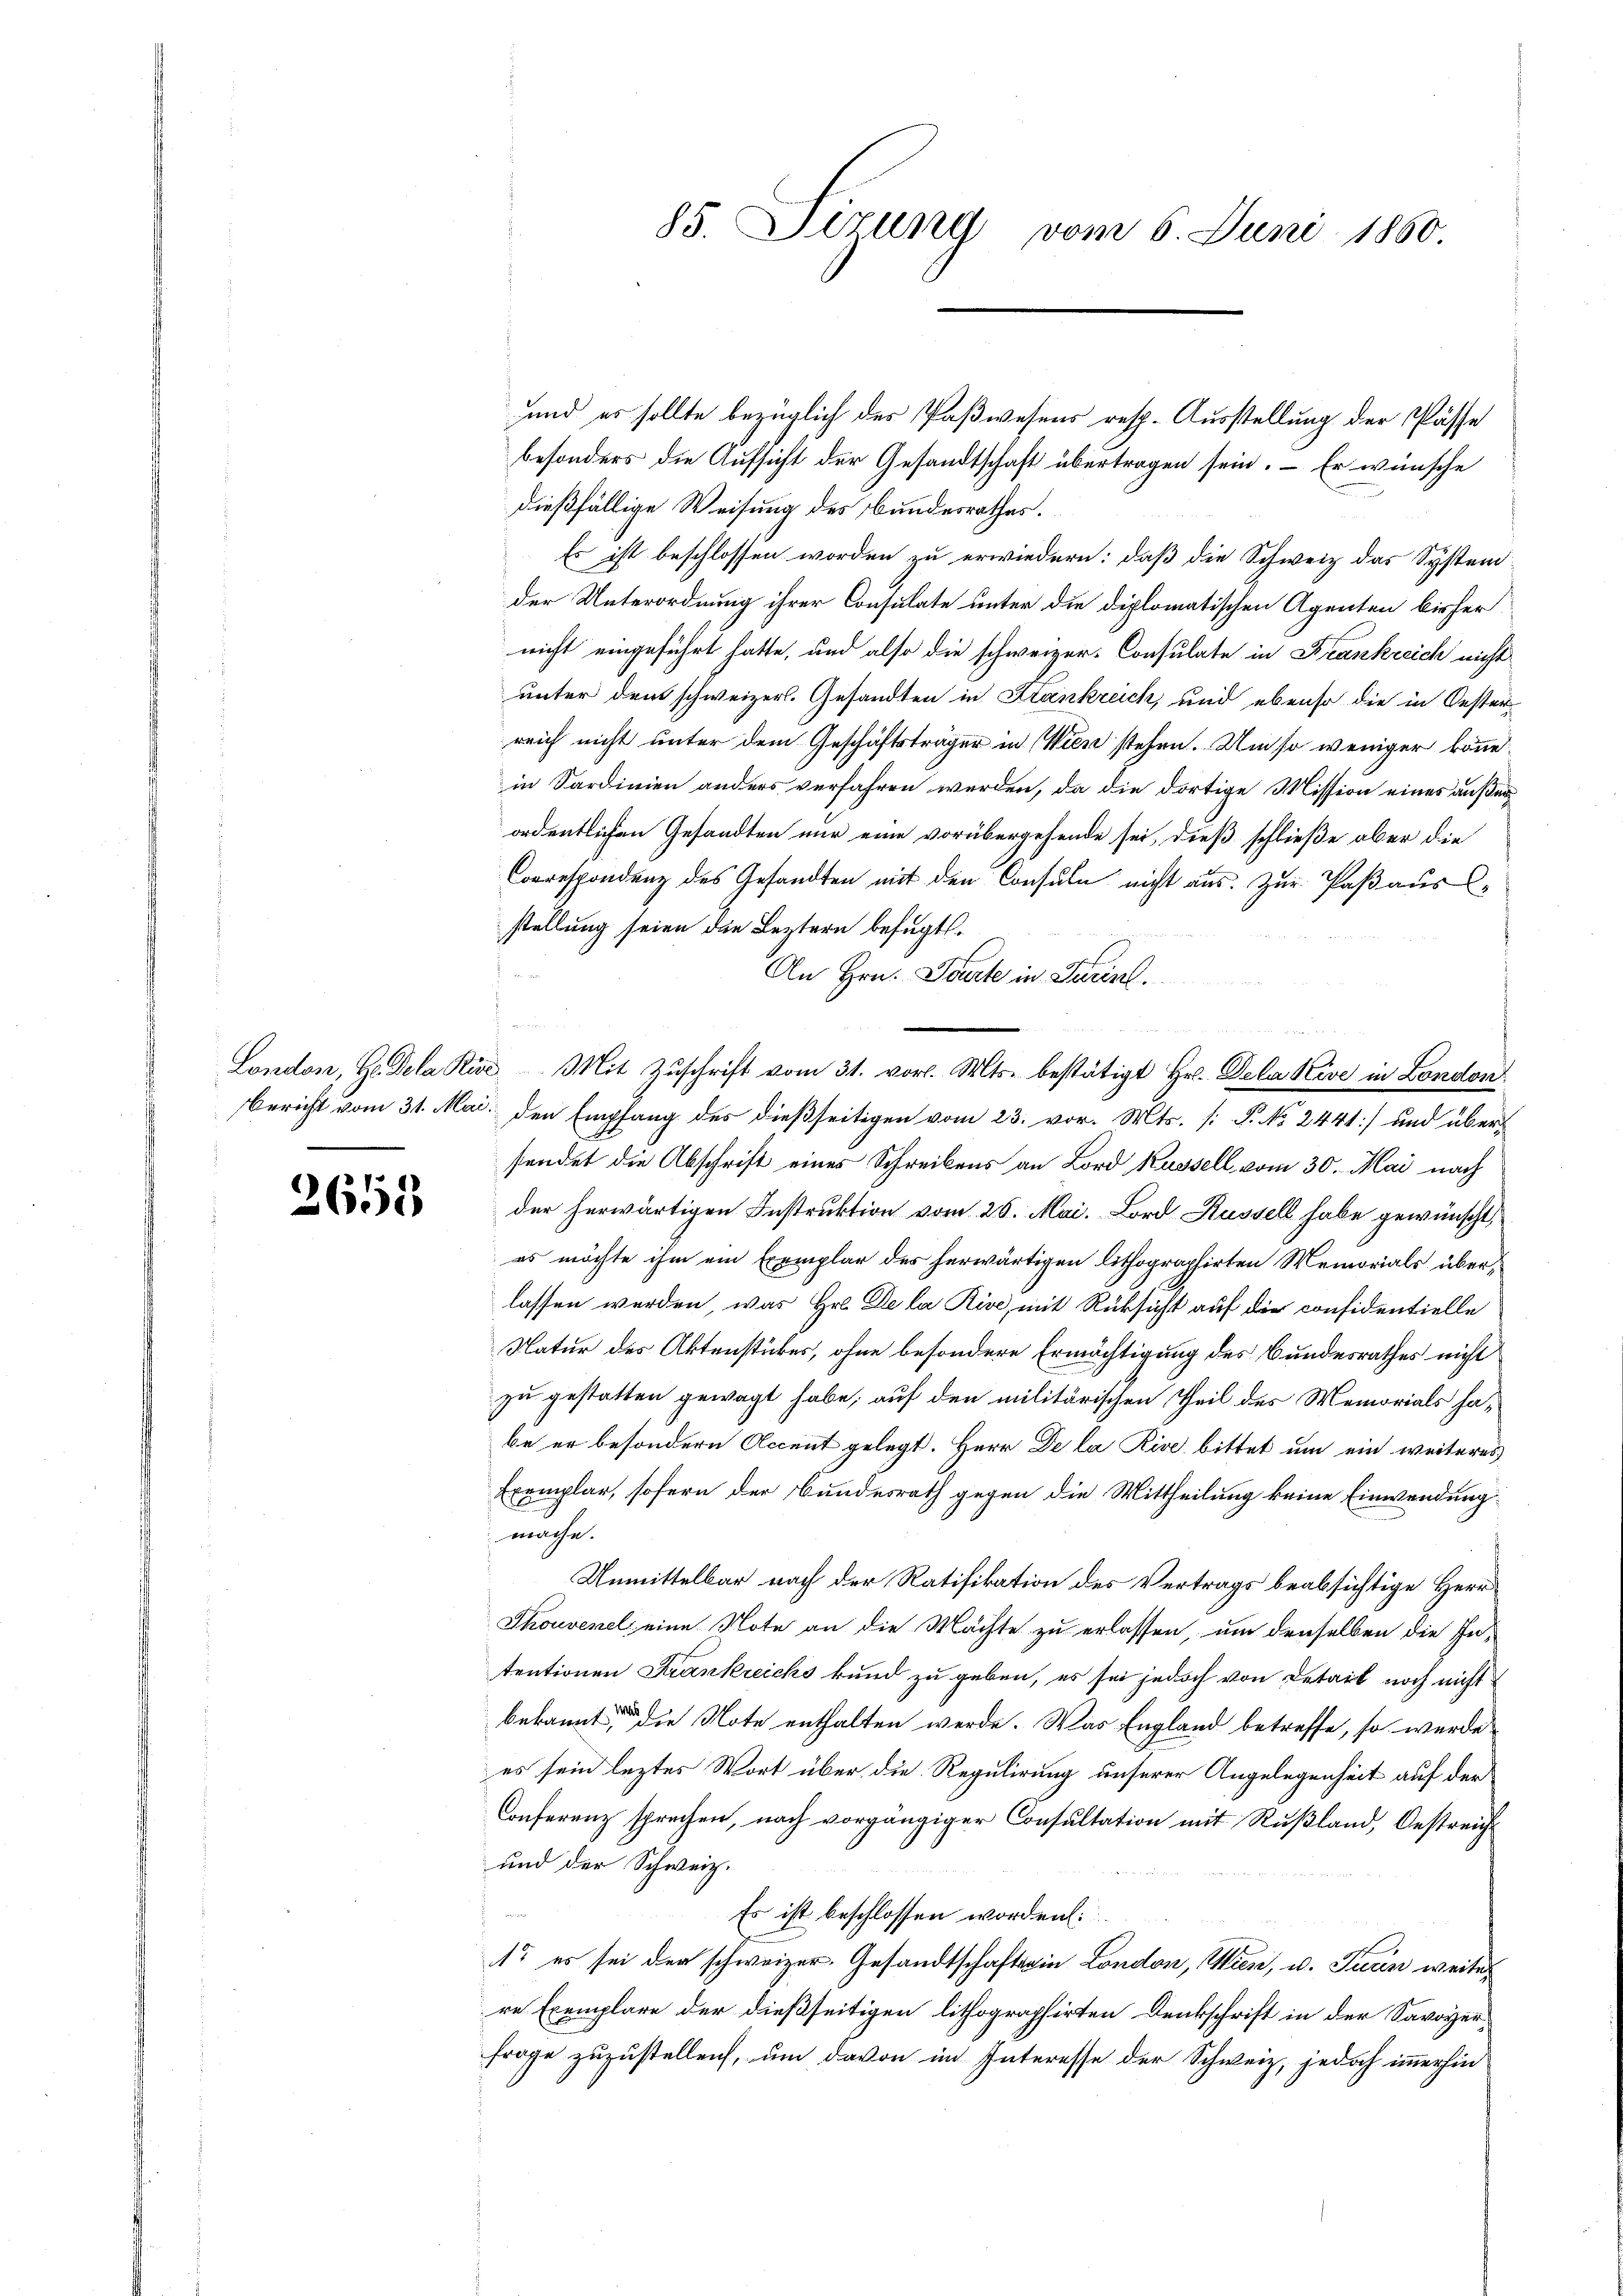
2650

und es sollte bezüglich des Paßwesens resp. Ausstellung der Pässe
besonders die Aufsicht der Gesandtschaft übertragen sein. – Er wünsche
dießfällige Weisung des Bundesrathes.
Es ist beschlossen worden zu erwiedern: daß die Schweiz das System
der Unterordnung ihrer Consulate unter die diplomatischen Agenten bisher
nicht eingeführt hatte, und also die schweizer. Consulate in Frankreich nicht
unter den schweizerl. Gesandten in Krankreich, und ebenso die in Oester
reich nicht unter dem Geschäftsträger in Wien stehen. Um so weniger könnein Sardinien anders verfahren werden, da die dortige Mission eines außerordentlichen Gesandten nur eine vorübergehende sei, dieß schließe aber die
Correspondenz des Gesandten mit den Consuln nicht aus. Zur Paß ausstellung seien die Leztern befugt.

An Hrn. Tourte in Turinl.
London, Hr. Dela Kive Mit Zŭschrift vom 31. vor. Mts. bestätigt Hr. Dela Kive in London
Bericht vom 31. Mai. den Empfang des dießseitigen vom 23. vor. Mts. [: P. No 2441] und übersendet die Abschrift eines Schreibens an Bord Kussell vom 30. Mai nach
der herwärtigen Instruktion vom 26. Mai. Lord Küssell habe gewünscht,
es möchte ihm ein Exemplar des herwärtigen lithographirten Memorials überlassen werden, was Hr. De la Rive, mit Rüksicht auf die considentielle
Natur des Aktenstückes, ohne besondere Ermächtigung des Bundesrathes nicht
zu gestatten gewagt habe; auf den militärischen Theil des Memorials habe er besondern Accent gelegt. Herr De la Rive bittet um ein weiteres
Exemplar, sofern der Bundesrath gegen die Mittheilung keine Einwendung
mache.
Unmittelbar nach der Ratifikation des Vertrags beabsichtige Herr
Thouvenel eine Note an die Machte zu erlassen, um denselben die Intentionen Krankreichs kund zu geben, es sei jedoch von Detail noch nicht
bekannt, die Note enthalten werde. Was England betreffe, so wurde
es sein leztes Wort über die Regulirung unserer Angelegenheit auf der
Conferenz sprechen, nach vorgängiger Consultation mit Rußland, Oestreich
und der Schweiz.
Es ist beschlossen worden:
1t es sei der schweizer. Gesandtschaftsein London, Wien, u. Turin weiter
re Exemplare der dießseitigen lithographirten Denkschrift in der Savoyerfrage zuzustellen, um davon im Interesse der Schweiz, jedoch immerhin

85. Sizung vom 6. Juni 1860.